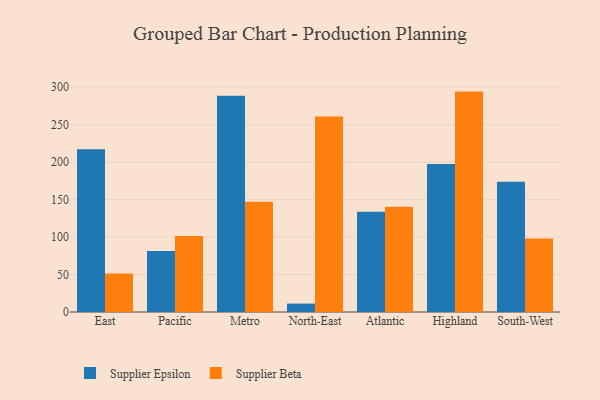
{"axis": {"x": "Region", "y": "Humidity (%)"}, "legend": ["Supplier Beta", "Supplier Epsilon"], "data": [{"x": "East", "y": 217.1, "type": "Supplier Epsilon"}, {"x": "East", "y": 51.3, "type": "Supplier Beta"}, {"x": "Pacific", "y": 81.5, "type": "Supplier Epsilon"}, {"x": "Pacific", "y": 101.3, "type": "Supplier Beta"}, {"x": "Metro", "y": 288.3, "type": "Supplier Epsilon"}, {"x": "Metro", "y": 147.1, "type": "Supplier Beta"}, {"x": "North-East", "y": 11.2, "type": "Supplier Epsilon"}, {"x": "North-East", "y": 260.9, "type": "Supplier Beta"}, {"x": "Atlantic", "y": 133.6, "type": "Supplier Epsilon"}, {"x": "Atlantic", "y": 140.3, "type": "Supplier Beta"}, {"x": "Highland", "y": 197.3, "type": "Supplier Epsilon"}, {"x": "Highland", "y": 294.0, "type": "Supplier Beta"}, {"x": "South-West", "y": 173.7, "type": "Supplier Epsilon"}, {"x": "South-West", "y": 98.0, "type": "Supplier Beta"}]}